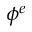
\phi ^ { e }